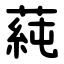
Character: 蒓